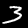
Digit: 3